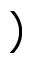
)